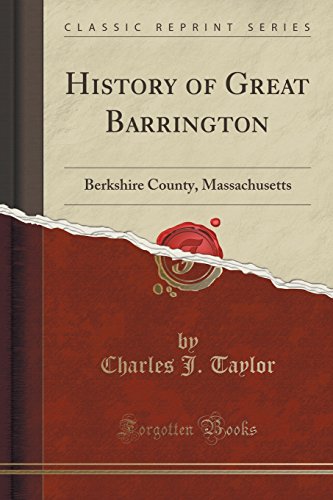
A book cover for History of Great Barrington: Berkshire County, Massachusetts (Classic Reprint); Charles J. Taylor; Reference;